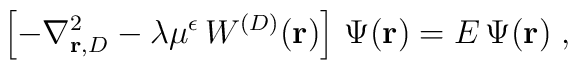
\left[ - \nabla_{{\bf r}, {D} }^2- \lambda \mu^{\epsilon}  \,W^{({D})}({\bf r}) \right]\,  \Psi ({\bf r})=E \,  \Psi ({\bf r})\;  ,